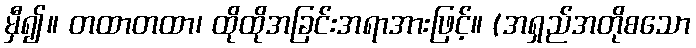
မှီ၍။ တထာတထာ၊ ထိုထိုအခြင်းအရာအားဖြင့်။ (အရှည်အတိုစသော